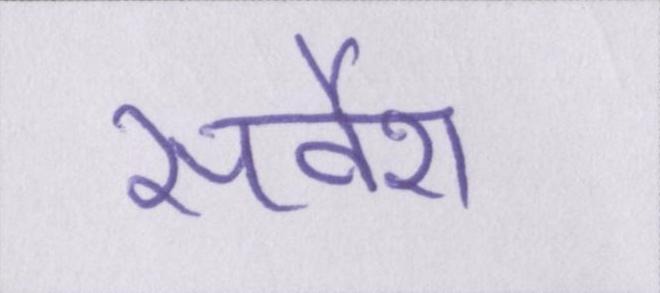
सर्वेश